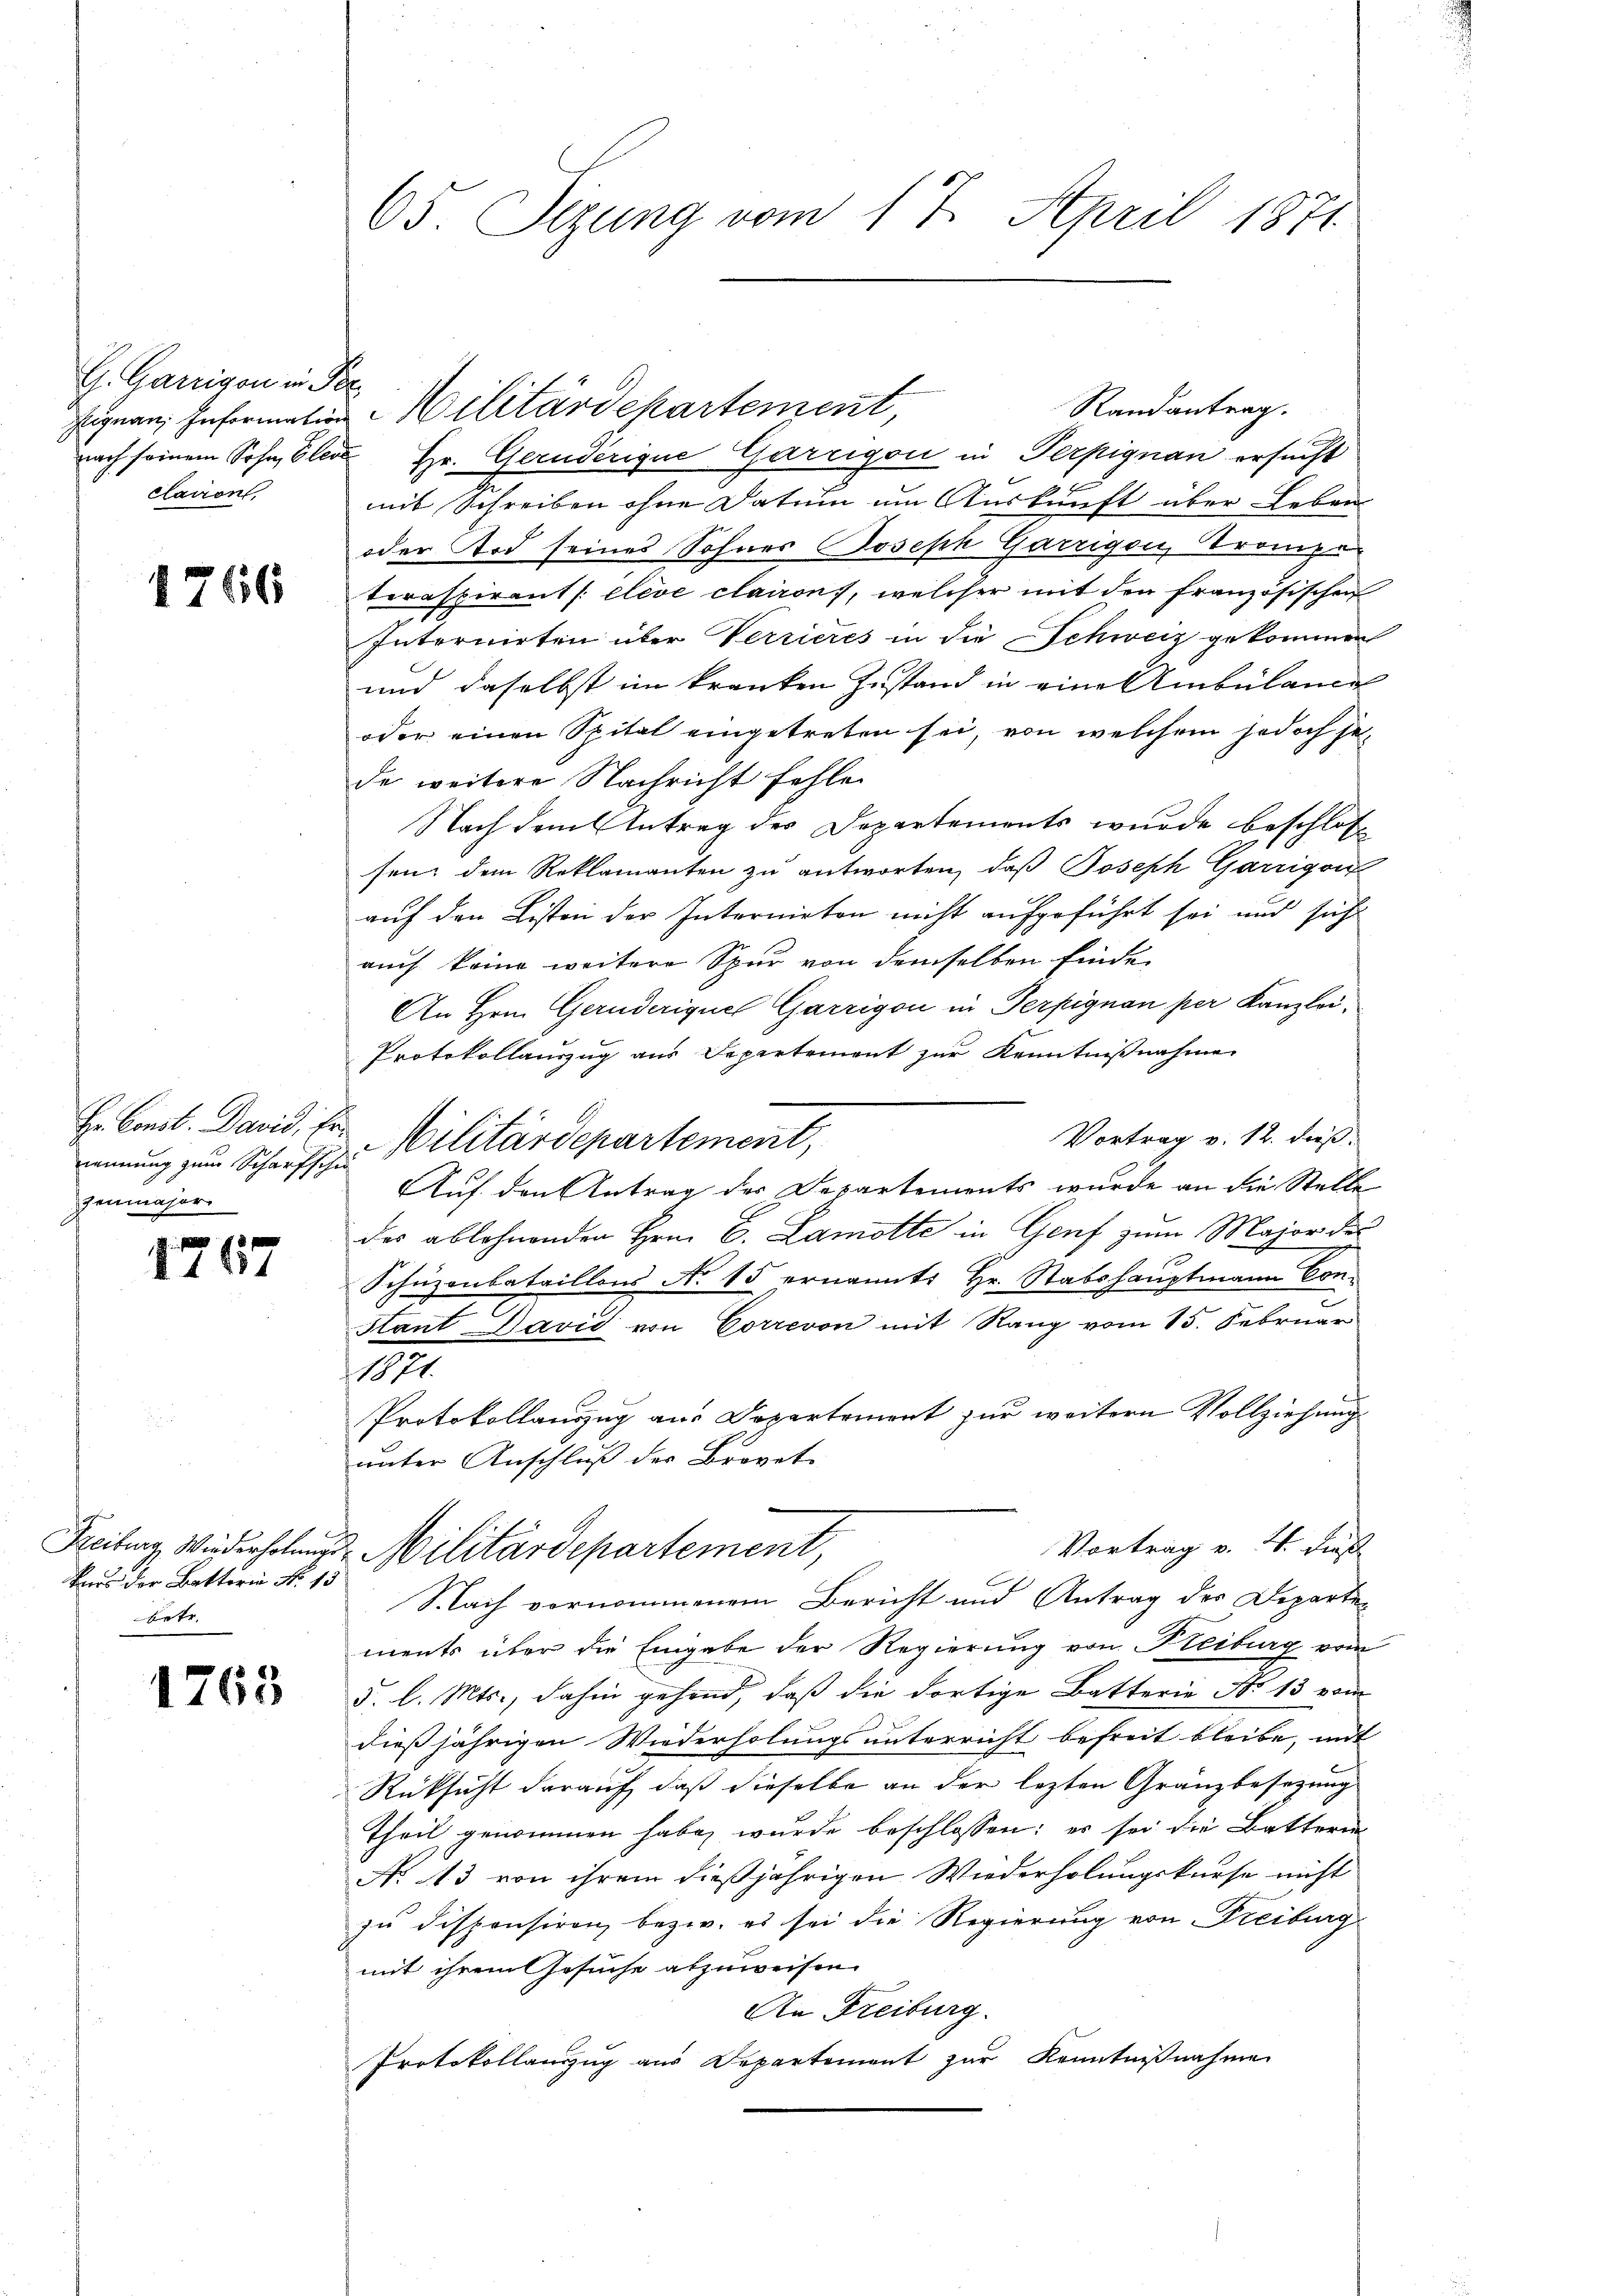
G. Ganigen in Per
clavon,

1766

Hr. Const. David, Er
zenmajor.

1767

Bars der Betterin No 13
betr.

1763

65. Sizung vom 17. April 1871

nach seinem Sohn, Elede Hr. Gernderigue Garrigon in Terpignan ersucht
mit Schreiben ohne Datum um Auskunft über Leben
oder Tod seines Sohnes Joseph Garzigen, Trompe
teraspirant /: Cleve clairon, welcher mit den französischen
Internirten über Verrieres in die Schweiz gekommen
und daselbst im kranken Zustand in eine Ambülance
oder einen Spital eingetreten sei, von welchem jedoch jede weitere Nachricht fehle.
Nach dem Antrag der Departements wurde beschlos
sen, dem Reklamanten zu antworten, daß Joseph Garrigen
auf den Listen der Intermieten nicht aufgeführt sei und sicht
auch keine weitere Spur von demselben finde
An Hrn. Gernderiques Garrigon in Terpignon per Kanzlei.
Protokollauszug aus Departement zur Kenntnißnahme
Vortrag v. 12. dieß.
nennung zum Scharfs Militärdepartement,
Auf den Antrag der Departements wurde an die Stelle
des ablehnenden Hrn. C. Lamotte in Genf zum Major des
Schüzenbataillons No 15 ernannt: Hr. Stabshauptmann Con-
Hant David von Correvon mit Rang vom 15. Februar
1821.
Protokollauszug aus Departement zur weitern Vollziehung
unter Anschluß der Brevet
Vortrag v. 21. dieß
Freiburg Wiederholung Militärdepartement,
Nach vornommenem Bericht und Antrag des Departe
ments über die Eingabe der Regierung von Freiburg vom
5. l. Mts., dahin gehand, daß die dortige Batterie No 13 vom
dießjährigen Wiederholungsunterricht befreit bleibe, mit
Rüksicht darauf, daß dieselbe an der lezten Granzbesetzung
Theil genommen habe, wurde beschlossen: es sei die Batterin
No 13 von ihrem dießjährigen Wiederholungskurse nicht
zu dispensiren, bezw. es sei die Regierung von Freiburg
mit ihrem Gesuche abzuweisen.
An Freiburg.
Protokollauszug aus Departement zur Kenntnißnahme

Eignen Information Militärdepartement,

Randantrag.